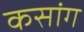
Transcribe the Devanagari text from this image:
कसांग